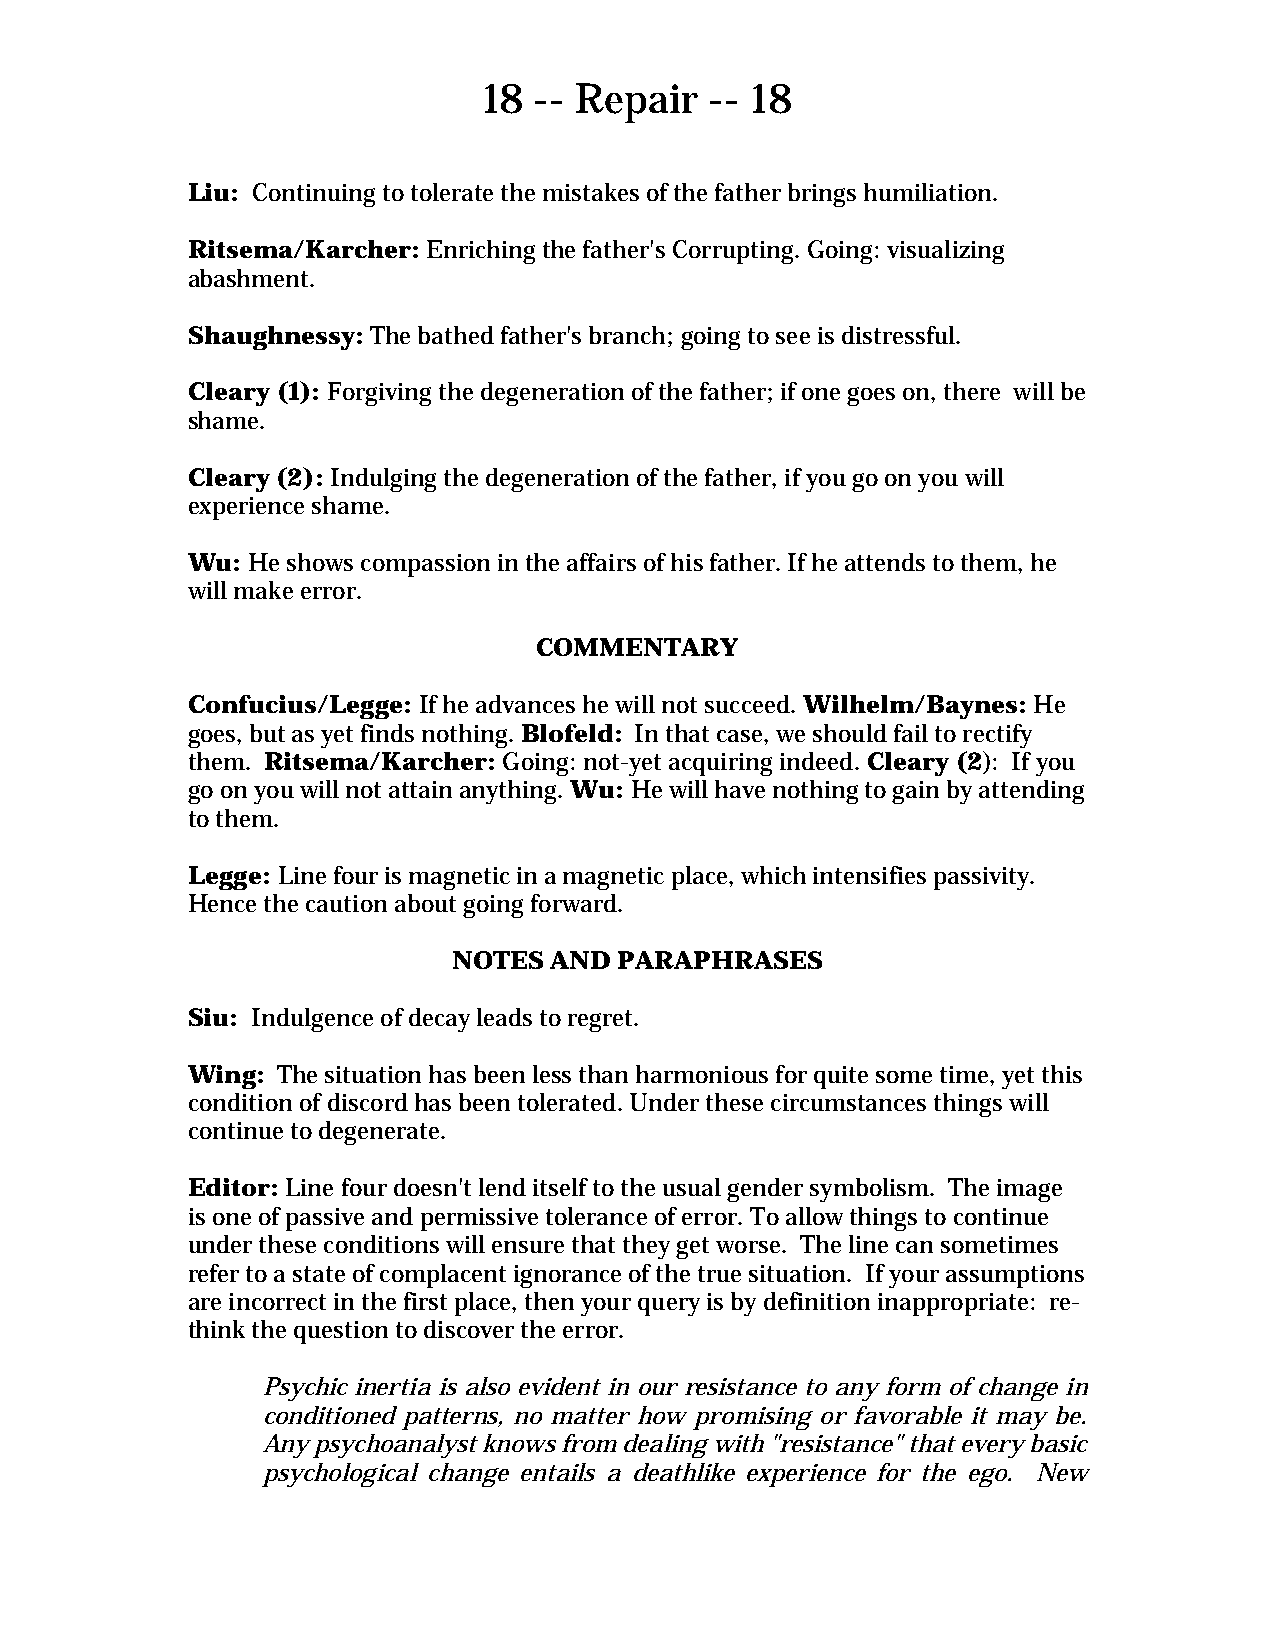
18 -- Repair   -- 18
 Liu: Continuing to tolerate the mistakes of the father brings humiliation.
 Ritsema/Karcher: Enriching the father's Corrupting. Going: visualizing
 abashment.
 Shaughnessy: The bathed father's branch; going to see is distressful.
 Cleary (1): Forgiving the degeneration of the father; if one goes on, there will be
 shame.
 Cleary (2): Indulging the degeneration of the father, if you go on you will
 experience shame.
 Wu: He shows compassion in the affairs of his father. If he attends to them, he
 will make error.
 COMMENTARY
 Confucius/Legge: If he advances he will not succeed. Wilhelm/Baynes: He
 goes, but as yet finds nothing. Blofeld: In that case, we should fail to rectify
 them. Ritsema/Karcher: Going: not-yet acquiring indeed. Cleary (2): If you
 go on you will not attain anything. Wu: He will have nothing to gain by attending
 to them.
 Legge: Line four is magnetic in a magnetic place, which intensifies passivity.
 Hence the caution about going forward.
 NOTES AND  PARAPHRASES
 Siu: Indulgence of decay leads to regret.
 Wing: The situation has been less than harmonious for quite some time, yet this
 condition of discord has been tolerated. Under these circumstances things will
 continue to degenerate.
 Editor: Line four doesn't lend itself to the usual gender symbolism. The image
 is one of passive and permissive tolerance of error. To allow things to continue
 under these conditions will ensure that they get worse. The line can sometimes
 refer to a state of complacent ignorance of the true situation. If your assumptions
 are incorrect in the first place, then your query is by definition inappropriate: re-
 think the question to discover the error.
 Psychic inertia is also evident in our resistance to any form of change in
 conditioned patterns, no matter how promising or favorable it may be.
 Any psychoanalyst knows from dealing with "resistance" that every basic
 psychological change entails a deathlike experience for the ego. New